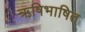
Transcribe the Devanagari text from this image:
ऋषिभाषित